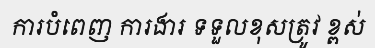
ការបំពេញ ការងារ ទទួលខុសត្រូវ ខ្ពស់